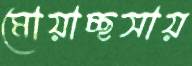
মোয়াচ্ছসায়